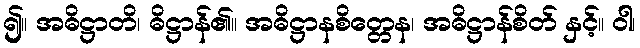
၍။ အဓိဋ္ဌာတိ၊ ဓိဋ္ဌာန်၏။ အဓိဋ္ဌာနစိတ္တေန၊ အဓိဋ္ဌာန်စိတ် နှင့်။ ဝါ၊